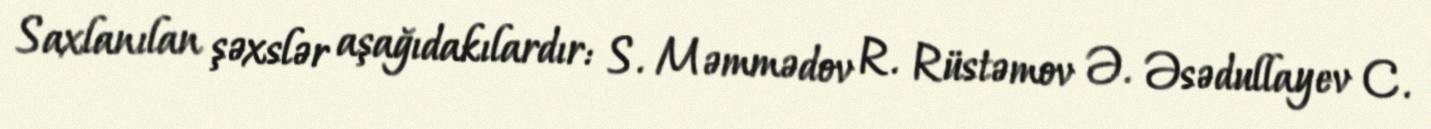
Saxlanılan şəxslər aşağıdakılardır: S. Məmmədov R. Rüstəmov Ə. Əsədullayev C.